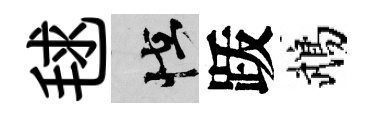
毬怪䟦鵡